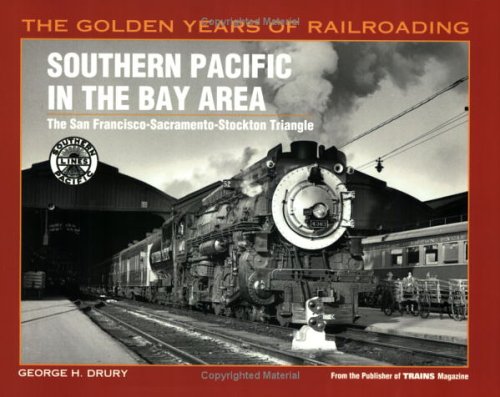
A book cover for Southern Pacific in the Bay Area: The San Francisco-Sacramento-Stockton Triangle (Golden Years of Railroading); George H. Drury; Travel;